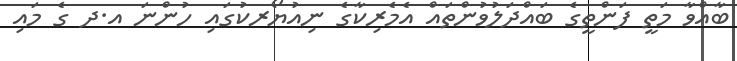
ބާއްވާ މަތީ ފަންތީގެ ބައްދަލުވުންތައް އެމެރިކާގެ ނިއުޔޯރކުގައި ހުންނަ އ.ދ ގެ މައި